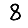
Digit: 8